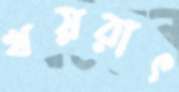
খয়রাৎ